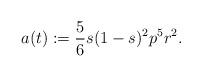
LaTeX: \begin{align*} a(t) := \frac 56 s (1-s)^2 p^5r^2.\end{align*}